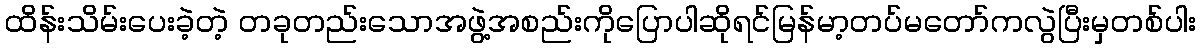
ထိန်းသိမ်းပေးခဲ့တဲ့ တခုတည်းသောအဖွဲ့အစည်းကိုပြောပါဆိုရင်မြန်မာ့တပ်မတော်ကလွဲပြီးမှတစ်ပါး